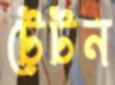
টেটন